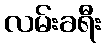
လမ်းခရီး